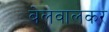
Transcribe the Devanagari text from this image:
बेलवालकर